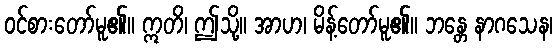
ဝင်စားတော်မူ၏။ ဣတိ၊ ဤသို့။ အာဟ၊ မိန့်တော်မူ၏။ ဘန္တေ နာဂသေန၊